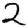
Digit: 2